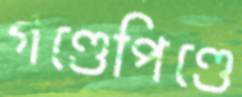
গণ্ডেপিণ্ডে